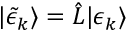
| \tilde { \epsilon } _ { k } \rangle = \hat { L } | \epsilon _ { k } \rangle